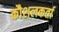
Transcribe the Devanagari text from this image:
कौशलकर्ता